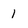
Character: 1